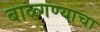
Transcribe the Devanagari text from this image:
बाळ्गण्याचा